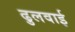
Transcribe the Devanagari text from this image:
ढुलवाई